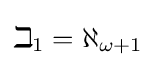
\beth _{1}=\aleph _{\omega +1}